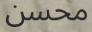
محسن